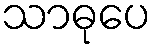
သာဓုပေ